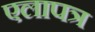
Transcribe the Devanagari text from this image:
एलापत्र